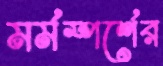
মর্মস্পর্শের